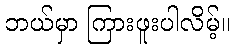
ဘယ်မှာ ကြားဖူးပါလိမ့်။